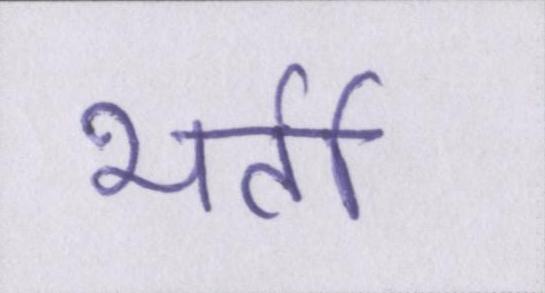
भर्ती